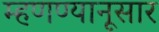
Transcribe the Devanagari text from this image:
म्हणण्यानूसार